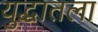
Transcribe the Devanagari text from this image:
युद्धातला